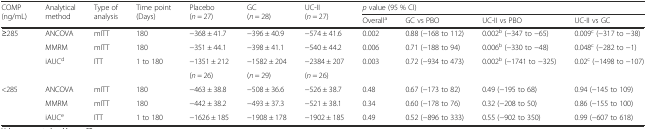
<table><thead><tr><td rowspan="2"><b>COMP (ng/mL)</b></td><td rowspan="2"><b>Analytical method</b></td><td rowspan="2"><b>Type of analysis</b></td><td rowspan="2"><b>Time point (Days)</b></td><td rowspan="2"><b>Placebo (<i>n</i> = 27)</b></td><td rowspan="2"><b>GC (<i>n</i> = 28)</b></td><td rowspan="2"><b>UC-II (<i>n</i> = 27)</b></td><td colspan="4"><b><i>p</i> value (95 % CI)</b></td></tr><tr><td><b>Overall<sup>a</sup></b></td><td><b>GC vs PBO</b></td><td><b>UC-II vs PBO</b></td><td><b>UC-II vs GC</b></td></tr></thead><tbody><tr><td rowspan="3">≥285</td><td>ANCOVA</td><td>mITT</td><td>180</td><td>−368 ± 41.7</td><td>−396 ± 40.9</td><td>−574 ± 41.6</td><td>0.002</td><td>0.88 (−168 to 112)</td><td>0.002<sup>b</sup> (−347 to −65)</td><td>0.009<sup>c</sup> (−317 to −38)</td></tr><tr><td>MMRM</td><td>mITT</td><td>180</td><td>−351 ± 44.1</td><td>−398 ± 41.1</td><td>−540 ± 44.2</td><td>0.006</td><td>0.71 (−188 to 94)</td><td>0.006<sup>b</sup> (−330 to −48)</td><td>0.048<sup>c</sup> (−282 to −1)</td></tr><tr><td>iAUC<sup>d</sup></td><td>ITT</td><td>1 to 180</td><td>−1351 ± 212</td><td>−1582 ± 204</td><td>−2384 ± 207</td><td>0.003</td><td>0.72 (−934 to 473)</td><td>0.002<sup>b</sup> (−1741 to −325)</td><td>0.02<sup>c</sup> (−1498 to −107)</td></tr><tr><td></td><td></td><td></td><td></td><td>(<i>n</i> = 26)</td><td>(<i>n</i> = 29)</td><td>(<i>n</i> = 26)</td><td></td><td></td><td></td><td></td></tr><tr><td rowspan="3">&lt;285</td><td>ANCOVA</td><td>mITT</td><td>180</td><td>−463 ± 38.8</td><td>−508 ± 36.6</td><td>−526 ± 38.7</td><td>0.48</td><td>0.67 (−173 to 82)</td><td>0.49 (−195 to 68)</td><td>0.94 (−145 to 109)</td></tr><tr><td>MMRM</td><td>mITT</td><td>180</td><td>−442 ± 38.2</td><td>−493 ± 37.3</td><td>−521 ± 38.1</td><td>0.34</td><td>0.60 (−178 to 76)</td><td>0.32 (−208 to 50)</td><td>0.86 (−155 to 100)</td></tr><tr><td>iAUC<sup>e</sup></td><td>ITT</td><td>1 to 180</td><td>−1626 ± 185</td><td>−1908 ± 178</td><td>−1902 ± 185</td><td>0.49</td><td>0.52 (−896 to 333)</td><td>0.55 (−902 to 350)</td><td>0.99 (−607 to 618)</td></tr></tbody></table>